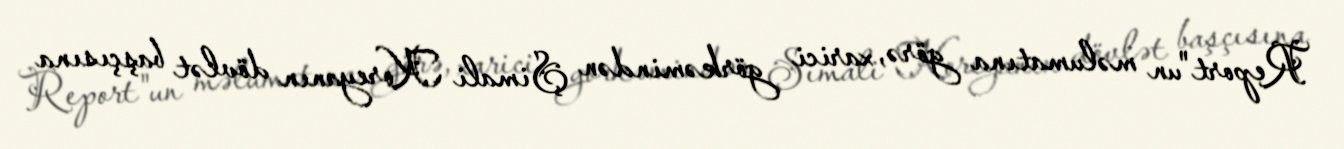
Report"un məlumatına görə, xarici görkəmindən Şimali Koreyanın dövlət başçısına